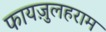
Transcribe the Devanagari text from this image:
फायज़ुलहराम